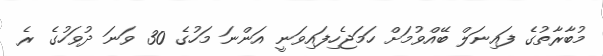
މުބާރާތުގެ ފައިނަލް ބޭއްވުމަށް ހަމަޖެހިފައިވަނީ އަންނަ މަހުގެ 30 ވަނަ ދުވަހުގެ ރެ